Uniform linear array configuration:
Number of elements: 16
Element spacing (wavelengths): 0.25
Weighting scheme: kaiser
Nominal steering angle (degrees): -45
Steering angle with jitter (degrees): -45.959
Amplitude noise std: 0.05
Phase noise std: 0.05

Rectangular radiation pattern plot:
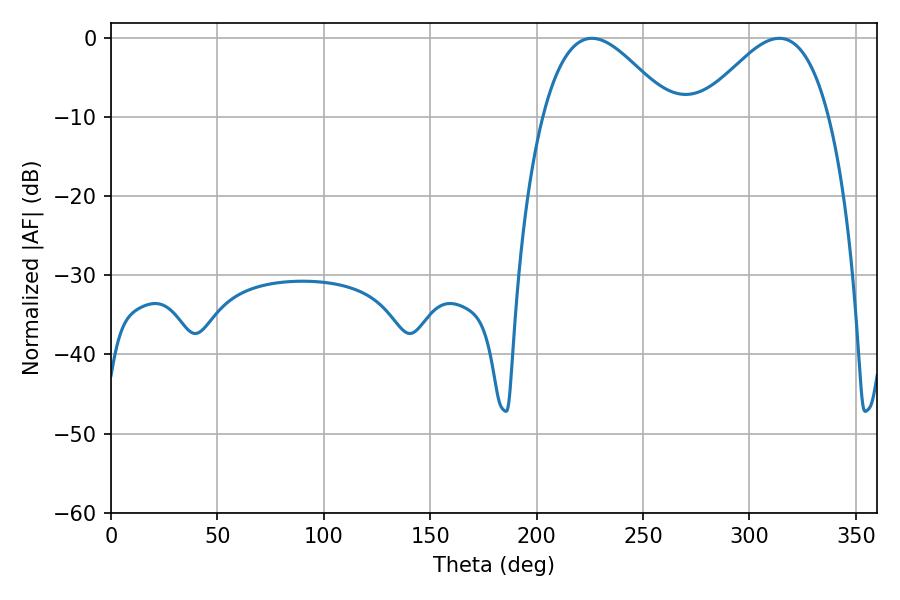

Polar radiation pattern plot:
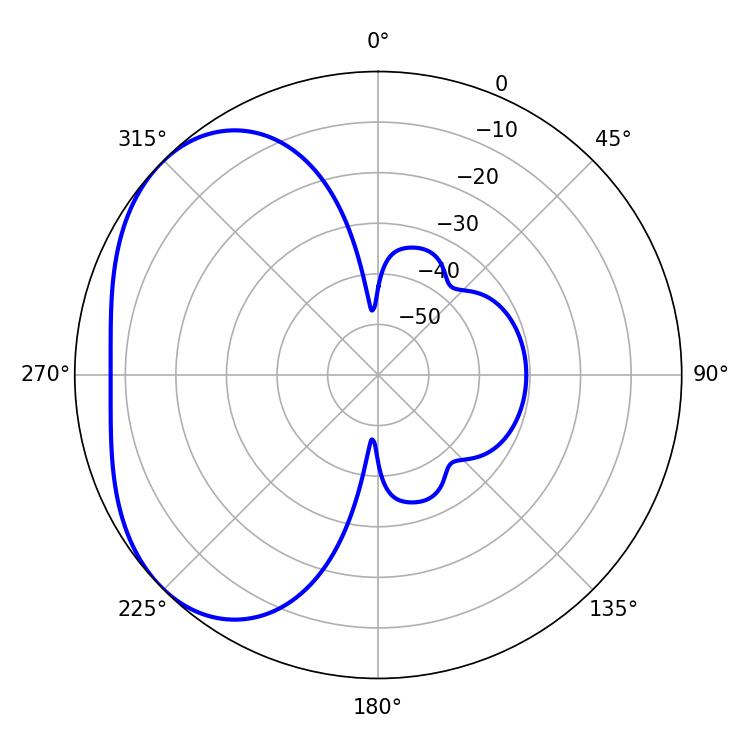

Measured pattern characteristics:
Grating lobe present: FALSE
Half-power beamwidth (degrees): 32.58
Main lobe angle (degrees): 225.9